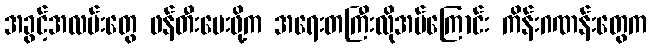
အခွင့်အလမ်းတွေ ဖန်တီးပေးဖို့က အရေးတကြီးလိုအပ်ကြောင်း ကိန်းဂဏန်းတွေက